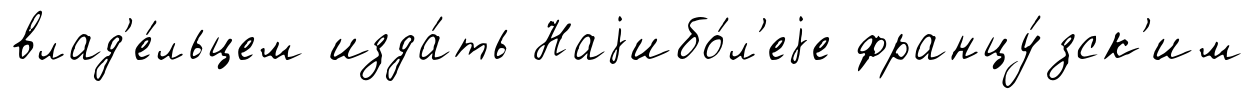
влад'е́льцем изда́ть Наjибо́л'еjе францу́зск'им